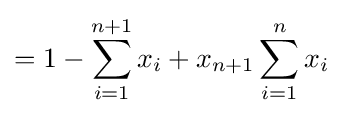
=1-\sum _{i=1}^{n+1}x_{i}+x_{n+1}\sum _{i=1}^{n}x_{i}